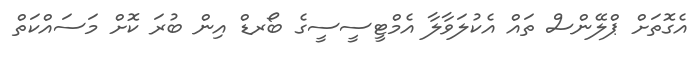
އެގޮތަށް ޕްލޭންސް ތައް އެކުލަވާލާ އެމްޓީސީސީގެ ބޯރޑް އިން ބުރަ ކޮށް މަސައްކަތް